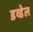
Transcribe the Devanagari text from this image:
डव्डेल